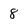
Character: 8